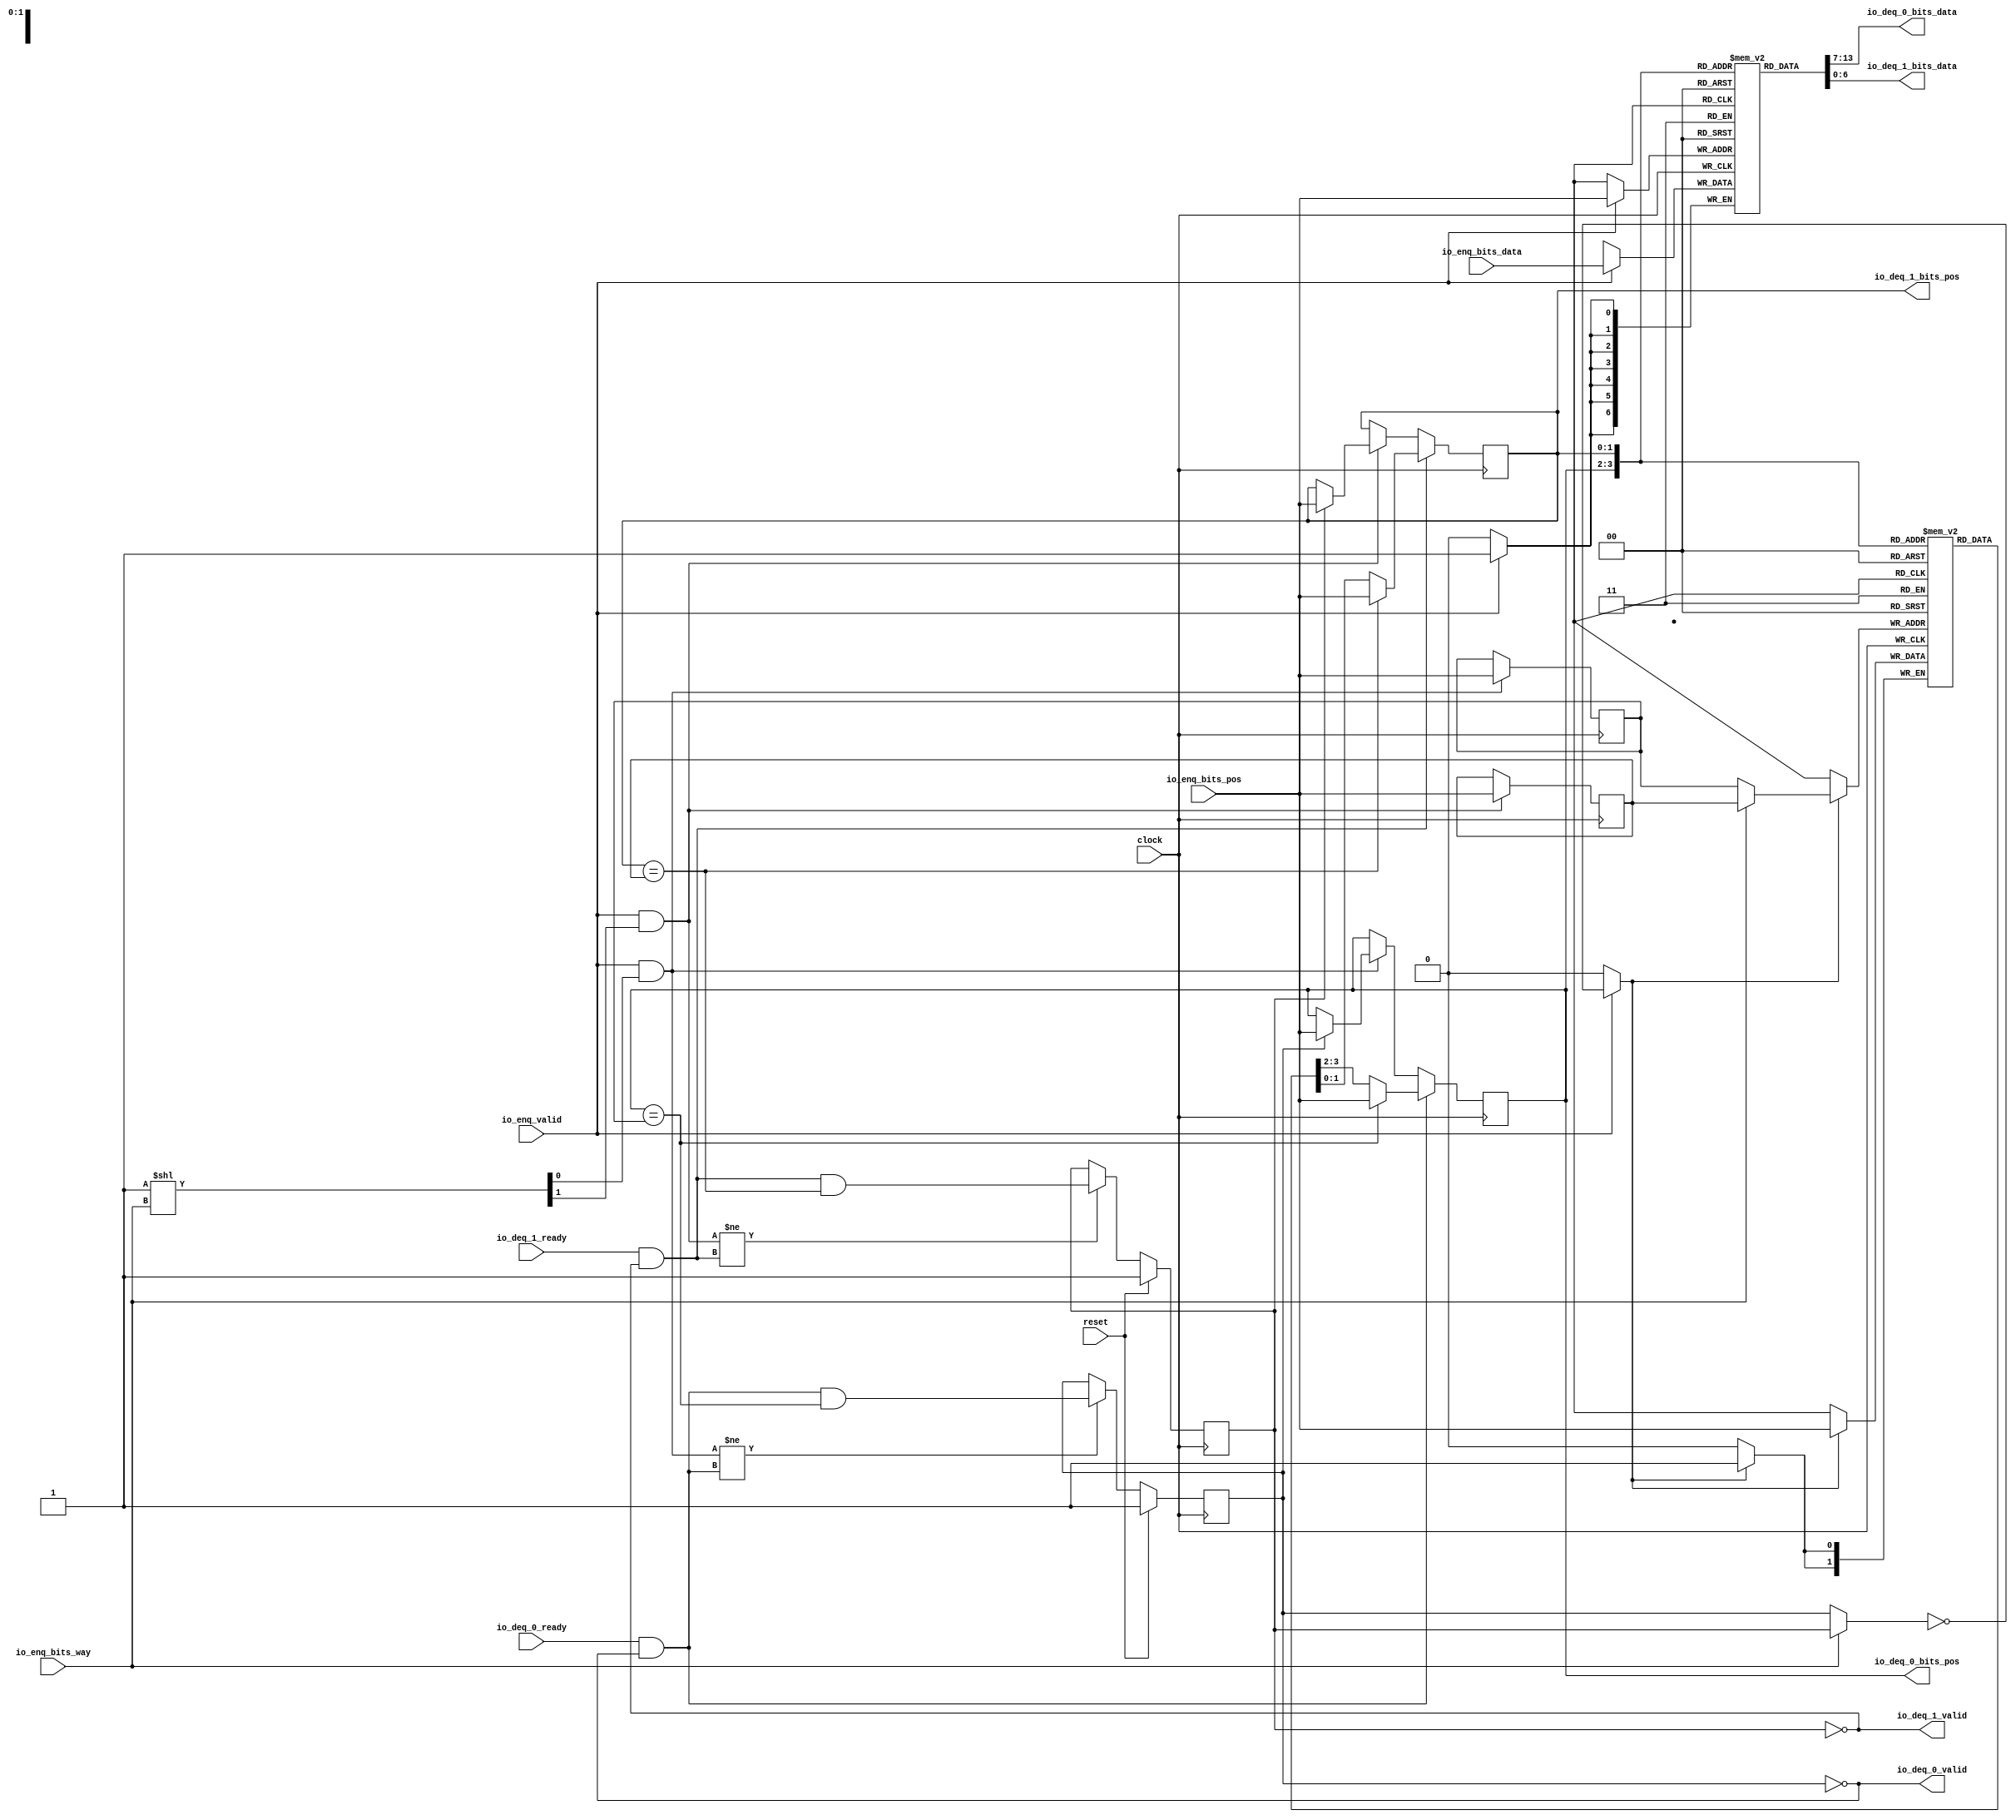
module PositionalMultiQueue(
  input   clock,
  input   reset,
  input   io_enq_valid,
  input  [6:0] io_enq_bits_data,
  input  [1:0] io_enq_bits_pos,
  input   io_enq_bits_way,
  input   io_deq_0_ready,
  output  io_deq_0_valid,
  output [6:0] io_deq_0_bits_data,
  output [1:0] io_deq_0_bits_pos,
  input   io_deq_1_ready,
  output  io_deq_1_valid,
  output [6:0] io_deq_1_bits_data,
  output [1:0] io_deq_1_bits_pos
);
  wire  _T_81_0;
  wire  _T_81_1;
  reg  empty_0;
  reg [31:0] _GEN_4;
  reg  empty_1;
  reg [31:0] _GEN_5;
  reg [1:0] head_0;
  reg [31:0] _GEN_6;
  reg [1:0] head_1;
  reg [31:0] _GEN_7;
  reg [1:0] tail_0;
  reg [31:0] _GEN_8;
  reg [1:0] tail_1;
  reg [31:0] _GEN_9;
  reg [1:0] next [0:3];
  reg [31:0] _GEN_10;
  wire [1:0] next__T_156_data;
  wire [1:0] next__T_156_addr;
  wire [1:0] next__T_172_data;
  wire [1:0] next__T_172_addr;
  wire [1:0] next__T_113_data;
  wire [1:0] next__T_113_addr;
  wire  next__T_113_mask;
  wire  next__T_113_en;
  reg [6:0] data [0:3];
  reg [31:0] _GEN_11;
  wire [6:0] data__T_154_data;
  wire [1:0] data__T_154_addr;
  wire [6:0] data__T_170_data;
  wire [1:0] data__T_170_addr;
  wire [6:0] data__T_102_data;
  wire [1:0] data__T_102_addr;
  wire  data__T_102_mask;
  wire  data__T_102_en;
  reg [3:0] guard;
  reg [31:0] _GEN_12;
  wire [3:0] _T_103;
  wire  _T_104;
  wire  _T_106;
  wire  _T_107;
  wire  _T_109;
  wire  _GEN_0;
  wire  _GEN_2;
  wire  _T_112;
  wire [1:0] _GEN_1;
  wire [1:0] _GEN_3;
  wire  _GEN_14;
  wire [3:0] _GEN_48;
  wire [3:0] setGuard;
  wire  deq_0_ready;
  wire  deq_0_valid;
  wire [6:0] deq_0_bits_data;
  wire [1:0] deq_0_bits_pos;
  wire  deq_1_ready;
  wire  deq_1_valid;
  wire [6:0] deq_1_bits_data;
  wire [1:0] deq_1_bits_pos;
  wire [1:0] _T_147;
  wire  _T_149;
  wire  _T_150;
  wire  _T_151;
  wire [1:0] _GEN_16;
  wire [1:0] _GEN_17;
  wire [1:0] _GEN_18;
  wire  _T_153;
  wire  _T_155;
  wire [1:0] _T_157;
  wire [1:0] _GEN_22;
  wire [3:0] _GEN_49;
  wire [3:0] _T_159;
  wire  _T_162;
  wire  _T_164;
  wire  _GEN_23;
  wire  _T_165;
  wire  _T_166;
  wire  _T_167;
  wire [1:0] _GEN_24;
  wire [1:0] _GEN_25;
  wire [1:0] _GEN_26;
  wire  _T_169;
  wire  _T_171;
  wire [1:0] _T_173;
  wire [1:0] _GEN_30;
  wire [3:0] _GEN_50;
  wire [3:0] _T_175;
  wire [3:0] clrGuard;
  wire  _T_177;
  wire  _T_179;
  wire  _GEN_31;
  wire [3:0] _T_180;
  wire [3:0] _T_181;
  wire [3:0] _T_182;
  assign io_deq_0_valid = deq_0_valid;
  assign io_deq_0_bits_data = deq_0_bits_data;
  assign io_deq_0_bits_pos = deq_0_bits_pos;
  assign io_deq_1_valid = deq_1_valid;
  assign io_deq_1_bits_data = deq_1_bits_data;
  assign io_deq_1_bits_pos = deq_1_bits_pos;
  assign _T_81_0 = 1'h1;
  assign _T_81_1 = 1'h1;
  assign next__T_156_addr = head_0;
  assign next__T_156_data = next[next__T_156_addr];
  assign next__T_172_addr = head_1;
  assign next__T_172_data = next[next__T_172_addr];
  assign next__T_113_data = io_enq_bits_pos;
  assign next__T_113_addr = _GEN_1;
  assign next__T_113_mask = _GEN_14;
  assign next__T_113_en = _GEN_14;
  assign data__T_154_addr = head_0;
  assign data__T_154_data = data[data__T_154_addr];
  assign data__T_170_addr = head_1;
  assign data__T_170_data = data[data__T_170_addr];
  assign data__T_102_data = io_enq_bits_data;
  assign data__T_102_addr = io_enq_bits_pos;
  assign data__T_102_mask = io_enq_valid;
  assign data__T_102_en = io_enq_valid;
  assign _T_103 = guard >> io_enq_bits_pos;
  assign _T_104 = _T_103[0];
  assign _T_106 = _T_104 == 1'h0;
  assign _T_107 = _T_106 | reset;
  assign _T_109 = _T_107 == 1'h0;
  assign _GEN_0 = _GEN_2;
  assign _GEN_2 = io_enq_bits_way ? empty_1 : empty_0;
  assign _T_112 = _GEN_0 == 1'h0;
  assign _GEN_1 = _GEN_3;
  assign _GEN_3 = io_enq_bits_way ? tail_1 : tail_0;
  assign _GEN_14 = io_enq_valid ? _T_112 : 1'h0;
  assign _GEN_48 = {{3'd0}, io_enq_valid};
  assign setGuard = _GEN_48 << io_enq_bits_pos;
  assign deq_0_ready = io_deq_0_ready;
  assign deq_0_valid = _T_153;
  assign deq_0_bits_data = data__T_154_data;
  assign deq_0_bits_pos = head_0;
  assign deq_1_ready = io_deq_1_ready;
  assign deq_1_valid = _T_169;
  assign deq_1_bits_data = data__T_170_data;
  assign deq_1_bits_pos = head_1;
  assign _T_147 = 2'h1 << io_enq_bits_way;
  assign _T_149 = _T_147[0];
  assign _T_150 = io_enq_valid & _T_149;
  assign _T_151 = head_0 == tail_0;
  assign _GEN_16 = empty_0 ? io_enq_bits_pos : head_0;
  assign _GEN_17 = _T_150 ? io_enq_bits_pos : tail_0;
  assign _GEN_18 = _T_150 ? _GEN_16 : head_0;
  assign _T_153 = empty_0 == 1'h0;
  assign _T_155 = deq_0_ready & deq_0_valid;
  assign _T_157 = _T_151 ? io_enq_bits_pos : next__T_156_data;
  assign _GEN_22 = _T_155 ? _T_157 : _GEN_18;
  assign _GEN_49 = {{3'd0}, _T_155};
  assign _T_159 = _GEN_49 << deq_0_bits_pos;
  assign _T_162 = _T_150 != _T_155;
  assign _T_164 = _T_155 & _T_151;
  assign _GEN_23 = _T_162 ? _T_164 : empty_0;
  assign _T_165 = _T_147[1];
  assign _T_166 = io_enq_valid & _T_165;
  assign _T_167 = head_1 == tail_1;
  assign _GEN_24 = empty_1 ? io_enq_bits_pos : head_1;
  assign _GEN_25 = _T_166 ? io_enq_bits_pos : tail_1;
  assign _GEN_26 = _T_166 ? _GEN_24 : head_1;
  assign _T_169 = empty_1 == 1'h0;
  assign _T_171 = deq_1_ready & deq_1_valid;
  assign _T_173 = _T_167 ? io_enq_bits_pos : next__T_172_data;
  assign _GEN_30 = _T_171 ? _T_173 : _GEN_26;
  assign _GEN_50 = {{3'd0}, _T_171};
  assign _T_175 = _GEN_50 << deq_1_bits_pos;
  assign clrGuard = _T_159 | _T_175;
  assign _T_177 = _T_166 != _T_171;
  assign _T_179 = _T_171 & _T_167;
  assign _GEN_31 = _T_177 ? _T_179 : empty_1;
  assign _T_180 = guard | setGuard;
  assign _T_181 = ~ clrGuard;
  assign _T_182 = _T_180 & _T_181;
`ifdef RANDOMIZE
  integer initvar;
  initial begin
    `ifndef verilator
      #0.002 begin end
    `endif
  `ifdef RANDOMIZE_REG_INIT
  _GEN_4 = {1{$random}};
  empty_0 = _GEN_4[0:0];
  `endif
  `ifdef RANDOMIZE_REG_INIT
  _GEN_5 = {1{$random}};
  empty_1 = _GEN_5[0:0];
  `endif
  `ifdef RANDOMIZE_REG_INIT
  _GEN_6 = {1{$random}};
  head_0 = _GEN_6[1:0];
  `endif
  `ifdef RANDOMIZE_REG_INIT
  _GEN_7 = {1{$random}};
  head_1 = _GEN_7[1:0];
  `endif
  `ifdef RANDOMIZE_REG_INIT
  _GEN_8 = {1{$random}};
  tail_0 = _GEN_8[1:0];
  `endif
  `ifdef RANDOMIZE_REG_INIT
  _GEN_9 = {1{$random}};
  tail_1 = _GEN_9[1:0];
  `endif
  _GEN_10 = {1{$random}};
  `ifdef RANDOMIZE_MEM_INIT
  for (initvar = 0; initvar < 4; initvar = initvar+1)
    next[initvar] = _GEN_10[1:0];
  `endif
  _GEN_11 = {1{$random}};
  `ifdef RANDOMIZE_MEM_INIT
  for (initvar = 0; initvar < 4; initvar = initvar+1)
    data[initvar] = _GEN_11[6:0];
  `endif
  `ifdef RANDOMIZE_REG_INIT
  _GEN_12 = {1{$random}};
  guard = _GEN_12[3:0];
  `endif
  end
`endif
  always @(posedge clock) begin
    if (reset) begin
      empty_0 <= _T_81_0;
    end else begin
      if (_T_162) begin
        empty_0 <= _T_164;
      end
    end
    if (reset) begin
      empty_1 <= _T_81_1;
    end else begin
      if (_T_177) begin
        empty_1 <= _T_179;
      end
    end
    if (_T_155) begin
      head_0 <= _T_157;
    end else begin
      if (_T_150) begin
        head_0 <= _GEN_16;
      end
    end
    if (_T_171) begin
      head_1 <= _T_173;
    end else begin
      if (_T_166) begin
        head_1 <= _GEN_24;
      end
    end
    if (_T_150) begin
      tail_0 <= io_enq_bits_pos;
    end
    if (_T_166) begin
      tail_1 <= io_enq_bits_pos;
    end
    if(next__T_113_en & next__T_113_mask) begin
      next[next__T_113_addr] <= next__T_113_data;
    end
    if(data__T_102_en & data__T_102_mask) begin
      data[data__T_102_addr] <= data__T_102_data;
    end
    if (reset) begin
      guard <= 4'h0;
    end else begin
      guard <= _T_182;
    end
    `ifndef SYNTHESIS
    `ifdef PRINTF_COND
      if (`PRINTF_COND) begin
    `endif
        if (io_enq_valid & _T_109) begin
          $fwrite(32'h80000002,"Assertion failed\n    at PositionalMultiQueue.scala:46 assert (!guard(io.enq.bits.pos))\n");
        end
    `ifdef PRINTF_COND
      end
    `endif
    `endif
    `ifndef SYNTHESIS
    `ifdef STOP_COND
      if (`STOP_COND) begin
    `endif
        if (io_enq_valid & _T_109) begin
          $fatal;
        end
    `ifdef STOP_COND
      end
    `endif
    `endif
  end
endmodule